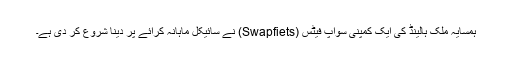
ہمسایہ ملک ہالینڈ کی ایک کمپنی سواپ فیٹس (Swapfiets) نے سائیکل ماہانہ کرائے پر دینا شروع کر دی ہے۔